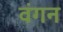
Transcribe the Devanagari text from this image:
वंगन